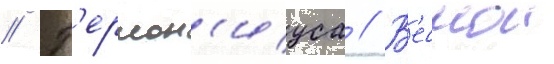
// Г'ермон'иуса // В'еснои